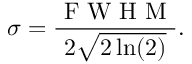
\sigma = \frac { \mathrm { ~ F ~ W ~ H ~ M ~ } } { 2 \sqrt { 2 \ln ( 2 ) } } .